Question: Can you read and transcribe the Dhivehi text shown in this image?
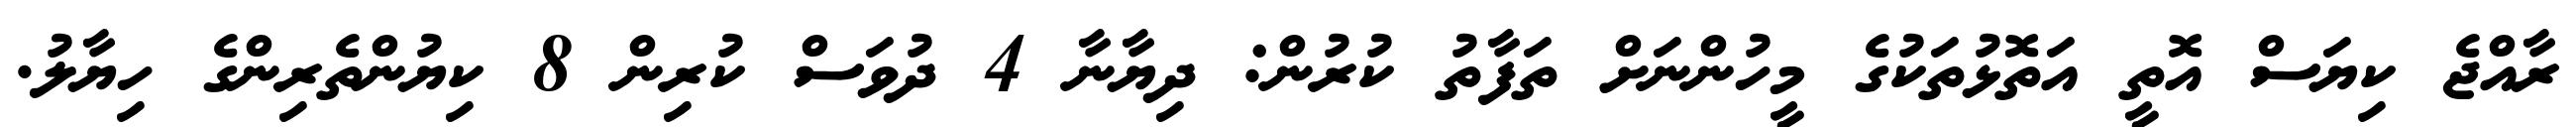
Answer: ރާއްޖެ ކިޔަސް އޮތީ އަތޮޅުތަކުގެ މީހުންނަށް ތަފާތު ކުރުން: ދިޔާނާ 4 ދުވަސް ކުރިން 8 ކިޔުންތެރިންގެ ހިޔާލު.